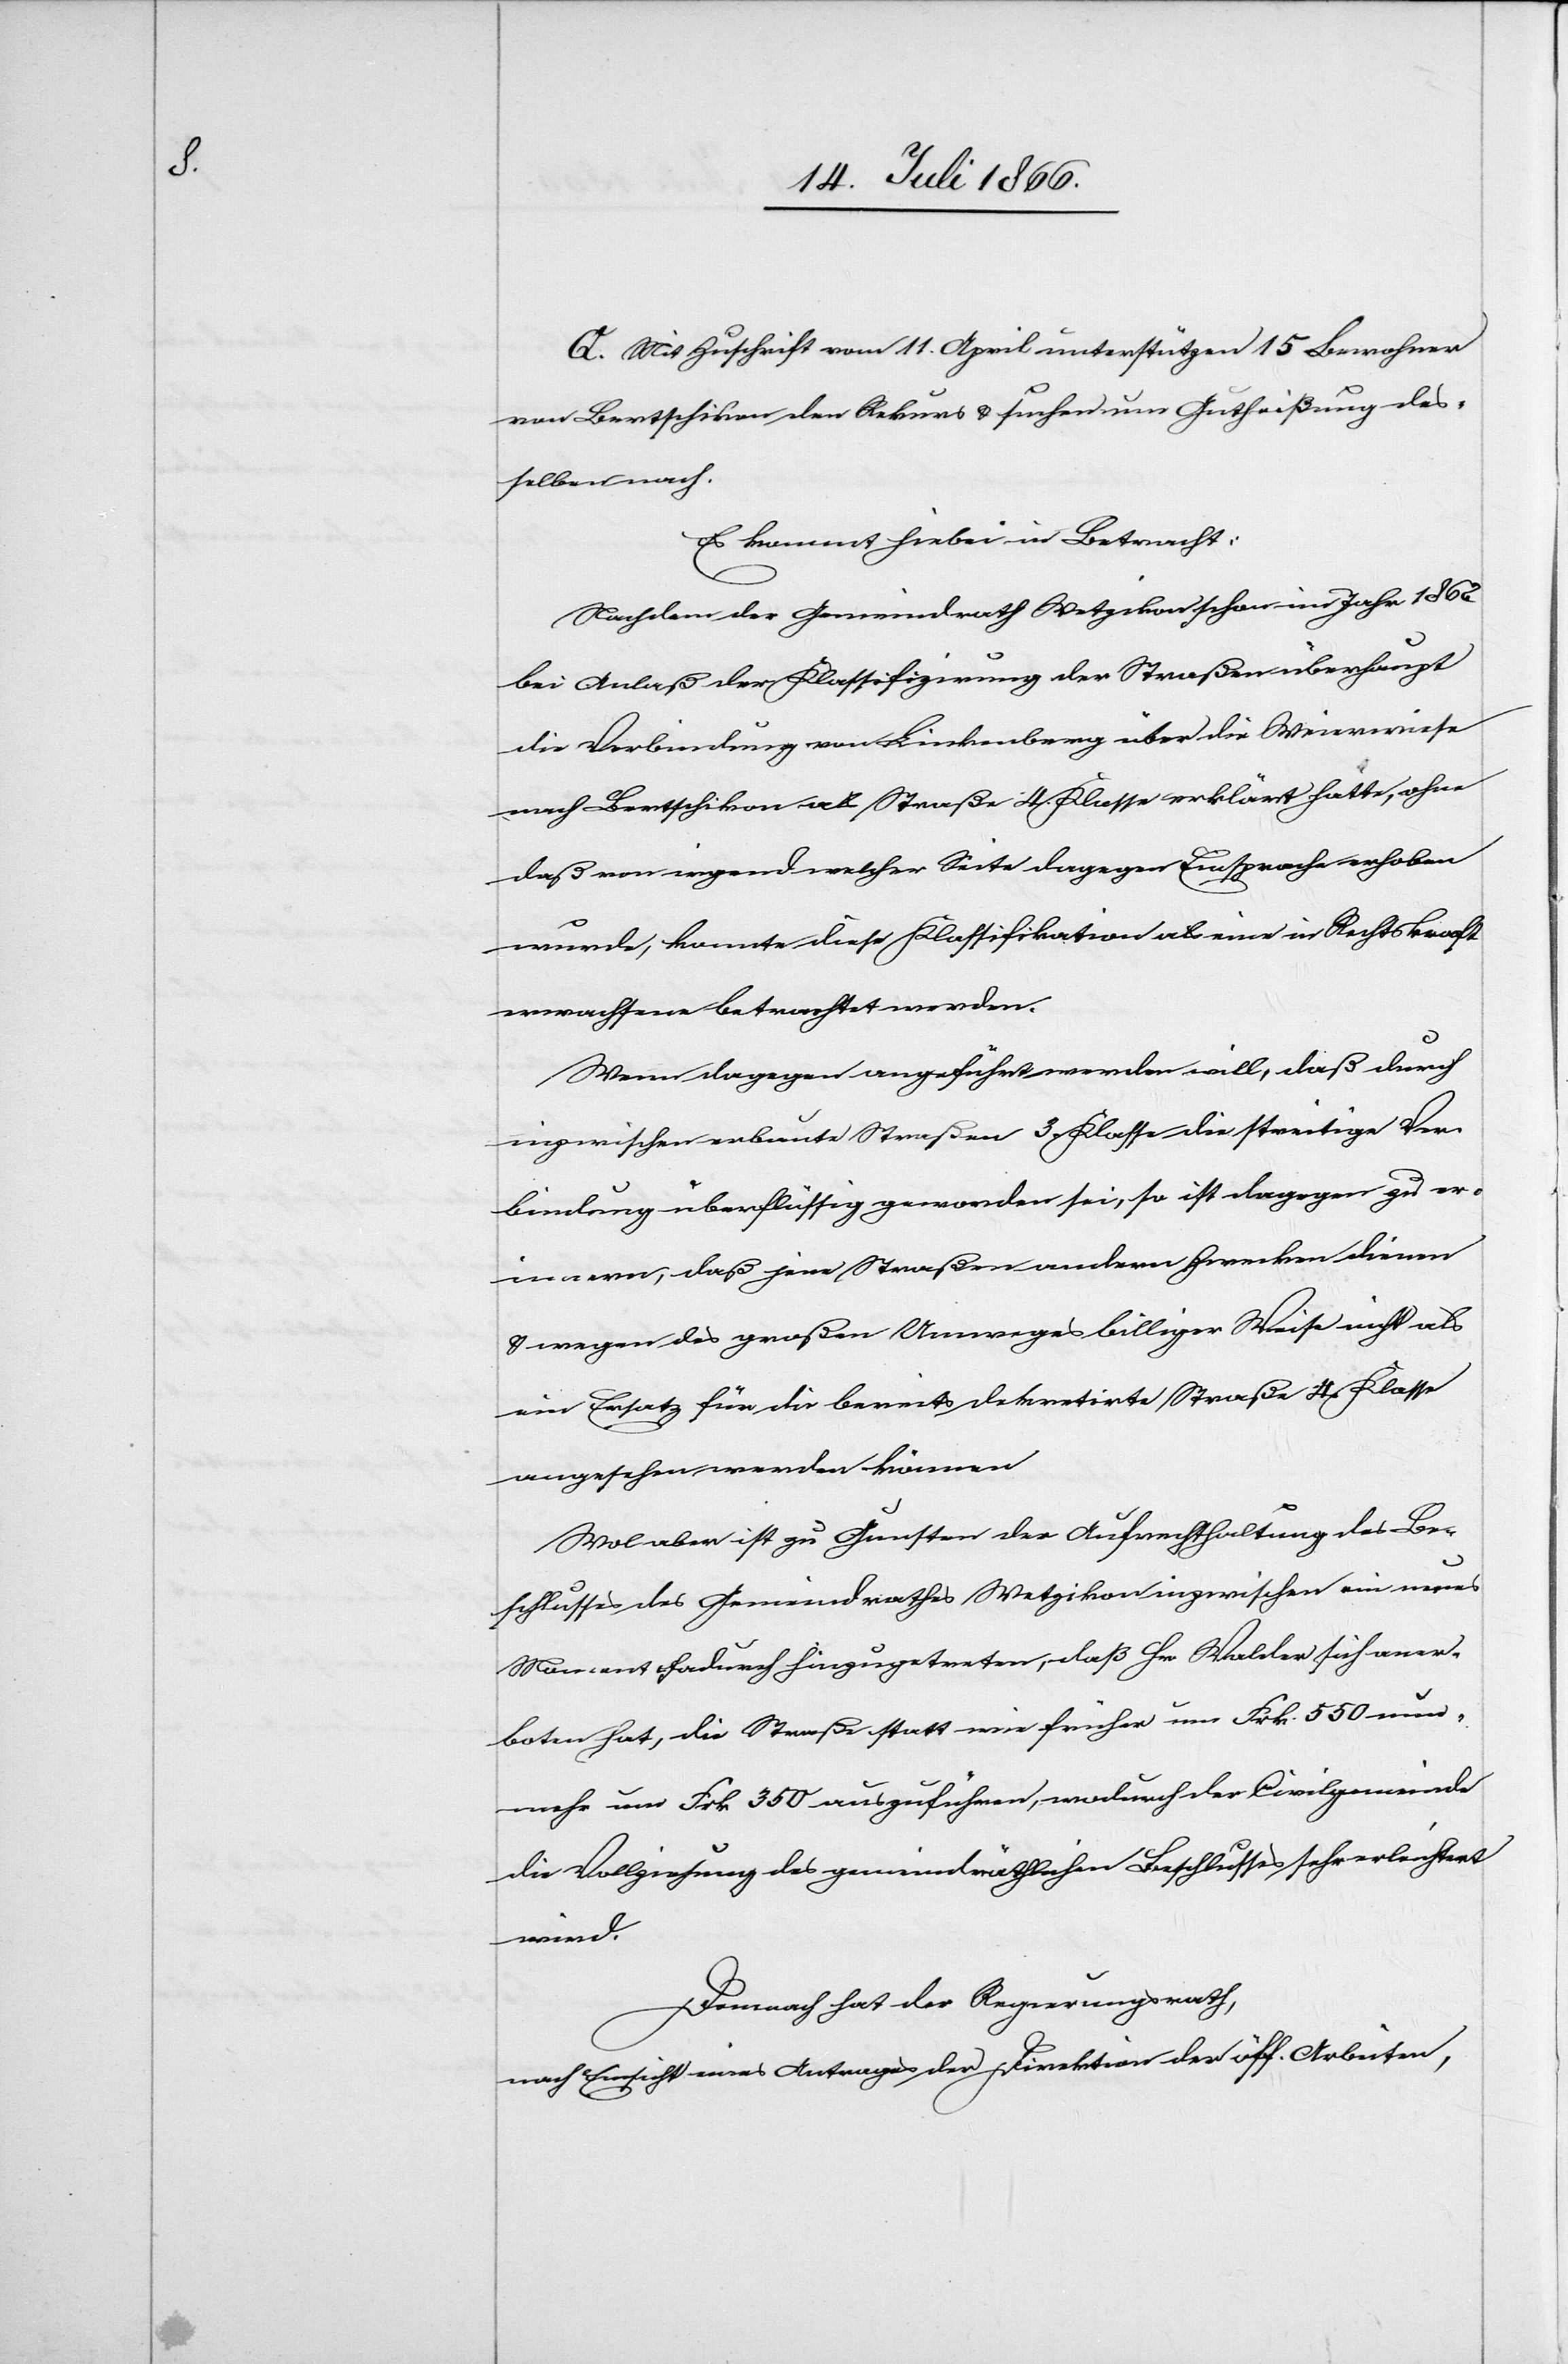
Q. Mit Zuschrift vom 11. April unterstützen 15 Bewohner
von Bertschikon den Rekurs u. suchen um Gutheißung des¬
selben nach.
Es kommt hiebei in Betracht:
Nachdem der Gemeindrath Wetzikon schon im Jahr 1862
bei Anlaß der Klassifizirung der Straßen überhaupt
die Verbindung von Linkenberg über die Weierwiese
nach Bertschikon als Straße 4. Klasse erklärt hatte, ohne
daß von irgendwelcher Seite dagegen Einsprache erhoben
wurde, konnte diese Klassifikation als eine in Rechtskraft
erwachsene betrachtet werden.
Wenn dagegen angeführt werden will, daß durch
inzwischen erbaute Straßen 3. Klasse die streitige Ver¬
bindung überflüßig geworden sei, so ist dagegen zu er¬
wiedern, daß jene Straßen andern Strecken dienen
u. wegen des großen Umweges billiger Weise nicht als
ein Ersatz für die bereits dekretirte Straße 4. Klasse
angesehen werden können.
Wol aber ist zu Gunsten der Aufrechthaltung des Be¬
schlusses des Gemeindrathes Wetzikon inzwischen ein neues
Moment dadurch hinzugetreten, daß Hr. Walder sich aner¬
boten hat, die Straße statt wie früher um Frk. 550 nun¬
mehr um Frk. 350 auszuführen, wodurch der Civilgemeinde
die Vollziehung des gemeindräthlichen Beschlusses sehr erleichtert
wird.
Demnach hat der Regierungsrath,
nach Einsicht eines Antrages der Direktion der öff. Arbeiten,